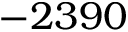
- 2 3 9 0